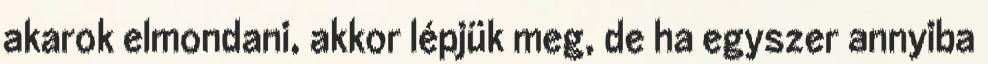
akarok elmondani, akkor lépjük meg, de ha egyszer annyiba